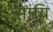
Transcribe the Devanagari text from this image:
मांयि